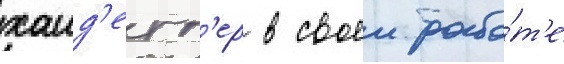
хаид'егг'ер в своеи рабо́т'е